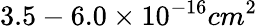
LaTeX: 3.5-6.0\times 10^{-16}cm^{2}